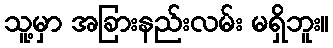
သူ့မှာ အခြားနည်းလမ်း မရှိဘူး။